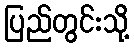
ပြည်တွင်းသို့